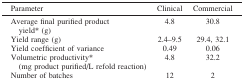
| Parameter | Clinical | Commercial |
 | --- | --- | --- |
 | Average final purified product yield* (g) | 4.8 | 30.8 |
 | Yield range (g) | 2.4–9.5 | 29.4, 32.1 |
 | Yield coefficient of variance | 0.49 | 0.06 |
 | Volumetric productivity* (mg product purified/L refold reaction) | 4.8 | 32.2 |
 | Number of batches | 12 | 2 |